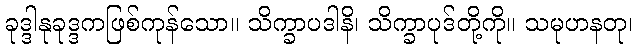
ခုဒ္ဒါနုခုဒ္ဒကဖြစ်ကုန်သော။ သိက္ခာပဒါနိ၊ သိက္ခာပုဒ်တို့ကို။ သမုဟနတု၊